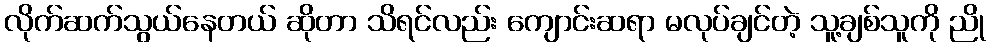
လိုက်ဆက်သွယ်နေတယ် ဆိုတာ သိရင်လည်း ကျောင်းဆရာ မလုပ်ချင်တဲ့ သူ့ချစ်သူကို ညို